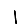
Digit: 1